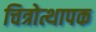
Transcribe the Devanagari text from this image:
चित्रोत्थापक